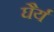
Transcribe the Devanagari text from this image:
घैर्य